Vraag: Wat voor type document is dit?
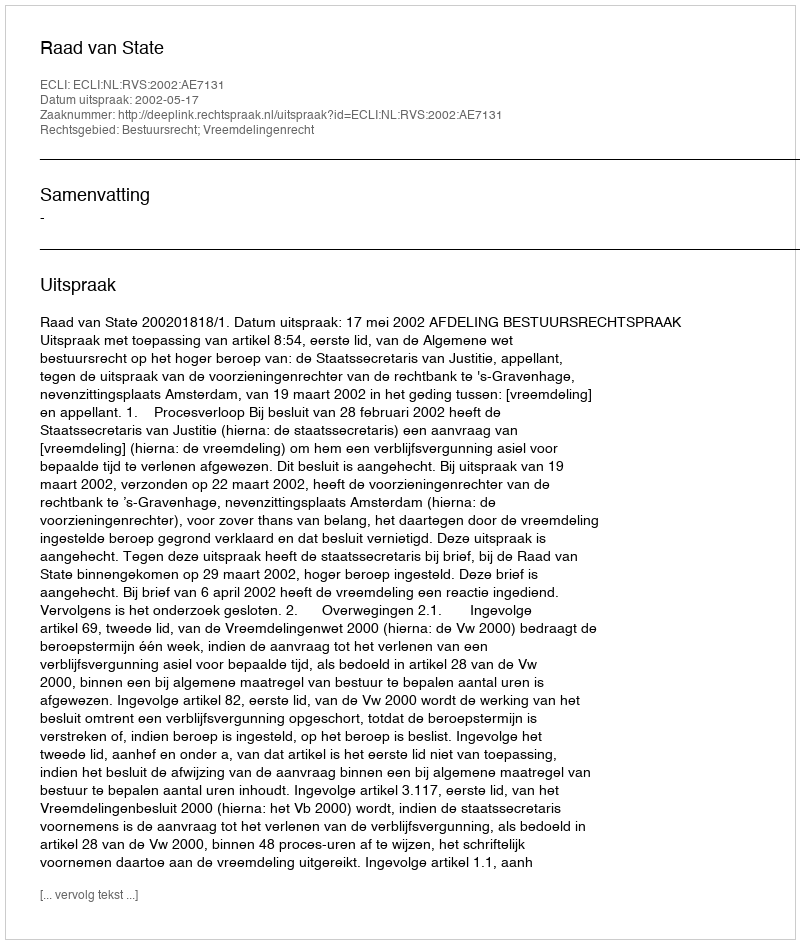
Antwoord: Uitspraak